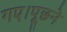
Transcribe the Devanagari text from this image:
गए।पूछने